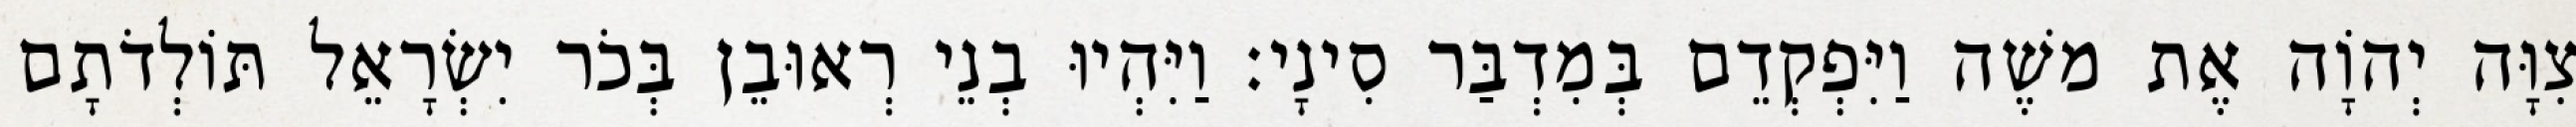
צִוָּה יְהוָֹה אֶת משֶׁה וַיִּפְקְדֵם בְּמִדְבַּר סִינָי׃ וַיִּהְיוּ בְנֵי רְאוּבֵן בְּכֹר יִשְׂרָאֵל תּוֹלְדֹתָם